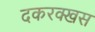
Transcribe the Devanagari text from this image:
दकरक्खस